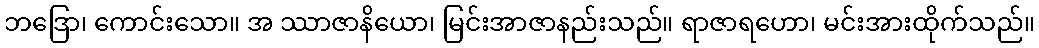
ဘဒြော၊ ကောင်းသော။ အ ဿာဇာနိယော၊ မြင်းအာဇာနည်းသည်။ ရာဇာရဟော၊ မင်းအားထိုက်သည်။